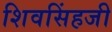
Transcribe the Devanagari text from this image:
शिवसिंहजी